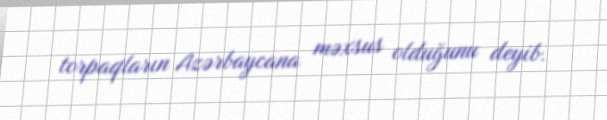
torpaqların Azərbaycana məxsus olduğunu deyib.